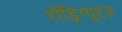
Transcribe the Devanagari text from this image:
रॉड्रिग्युएज़